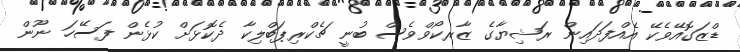
ޑްޒަގޮއޭވެކޭ އެއްފަދައިން ރަޝިޔާގެ ޒާރކޯވްވެސް ބުނީ ޗެކްރިޕަބްލިކާ ދެކޮޅަށް ކުޅެން ފަސޭހަ ނޫން